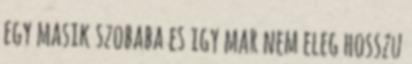
egy masik szobaba es igy mar nem eleg hosszu